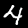
Digit: 4